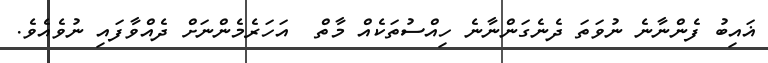
ޣައިބު ފެންނާނެ ނުވަތަ ދެނެގަންނާނެ ހިއްސުތަކެއް މާތް  އަހަރެމެންނަށް ދެއްވާފައި ނުވެއެވެ.